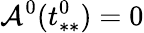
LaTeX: \mathcal{A}^{0}(t_{**}^{0})=0